Scottish Leaving Certificate Examination, 1957
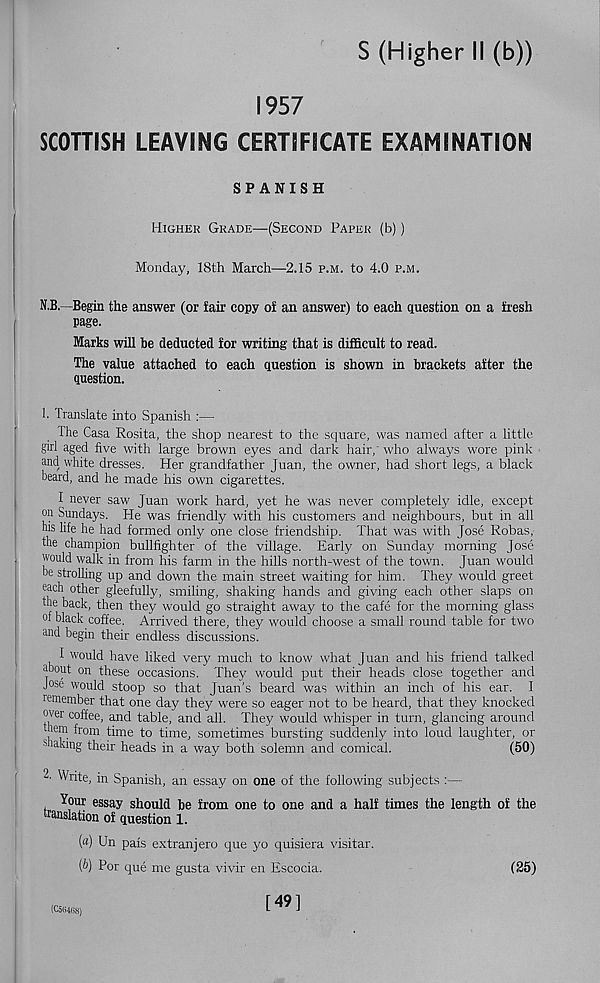
S (Higher II (b))
1957
SCOTTISH LEAVING CERTIFICATE EXAMINATION
SPANISH
Higher Grade—(Second Parer (b))
Monday, 18th March—2.15 p.m. to 4.0 p.m.
N.B.—Begin the answer (or fair copy of an answer) to each question on a fresh
page.
Marks will be deducted for writing that is difficult to read.
The value attached to each question is shown in brackets after the
question.
1. Translate into Spanish :—
The Casa Rosita, the shop nearest to the square, was named after a little
girl aged five with large brown eyes and dark hair, who always wore pink
and white dresses. Her grandfather Juan, the owner, had short legs, a black
beard, and he made his own cigarettes.
I never saw Juan work hard, yet he was never completely idle, except
on Sundays. He was friendly with his customers and neighbours, but in all
his life he had formed only one close friendship. That was with Jose Robas.
the champion bullfighter of the village. Early on Sunday morning Jose
would walk in from his farm in the hills north-west of the town. Juan would
be strolling up and down the main street waiting for him. They would greet
each other gleefully, smiling, shaking hands and giving each other slaps on
the back, then they would go straight away to the cafe for the morning glass
of black coffee. Arrived there, they would choose a small round table for two
and begin their endless discussions.
I would have liked very much to know what Juan and his friend talked
about on these occasions. They would put their heads close together and
Jose would stoop so that Juan's beard was within an inch of his ear. I
remember that one day they were so eager not to be heard, that they knocked
over coffee, and table, and all. They would whisper in turn, glancing around
' ■ hem from time to time, sometimes bursting suddenly into loud laughter, or
shaking their heads in a way both solemn and comical.
(50)
T Write, in Spanish, an essay on one of the following subjects :—
Your essay should be from one to one and a half times the length of the
translation of question 1.
(a) Un pais extranjero que yo quisiera visitar.
(b) Por que me gusta vivir en Escocia.
(25)
(C564G8)
[49]